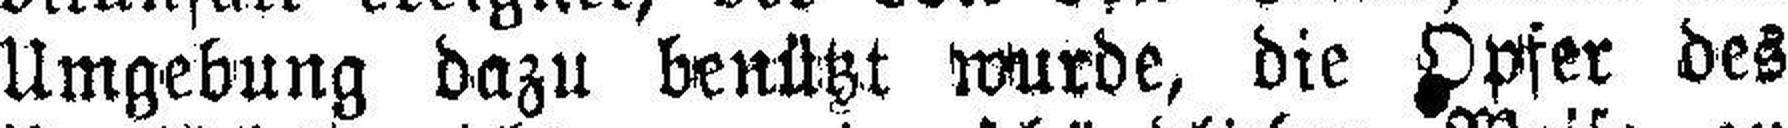
Umgebung dazu benützt wurde, die Opfer des